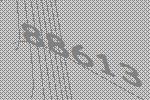
88613